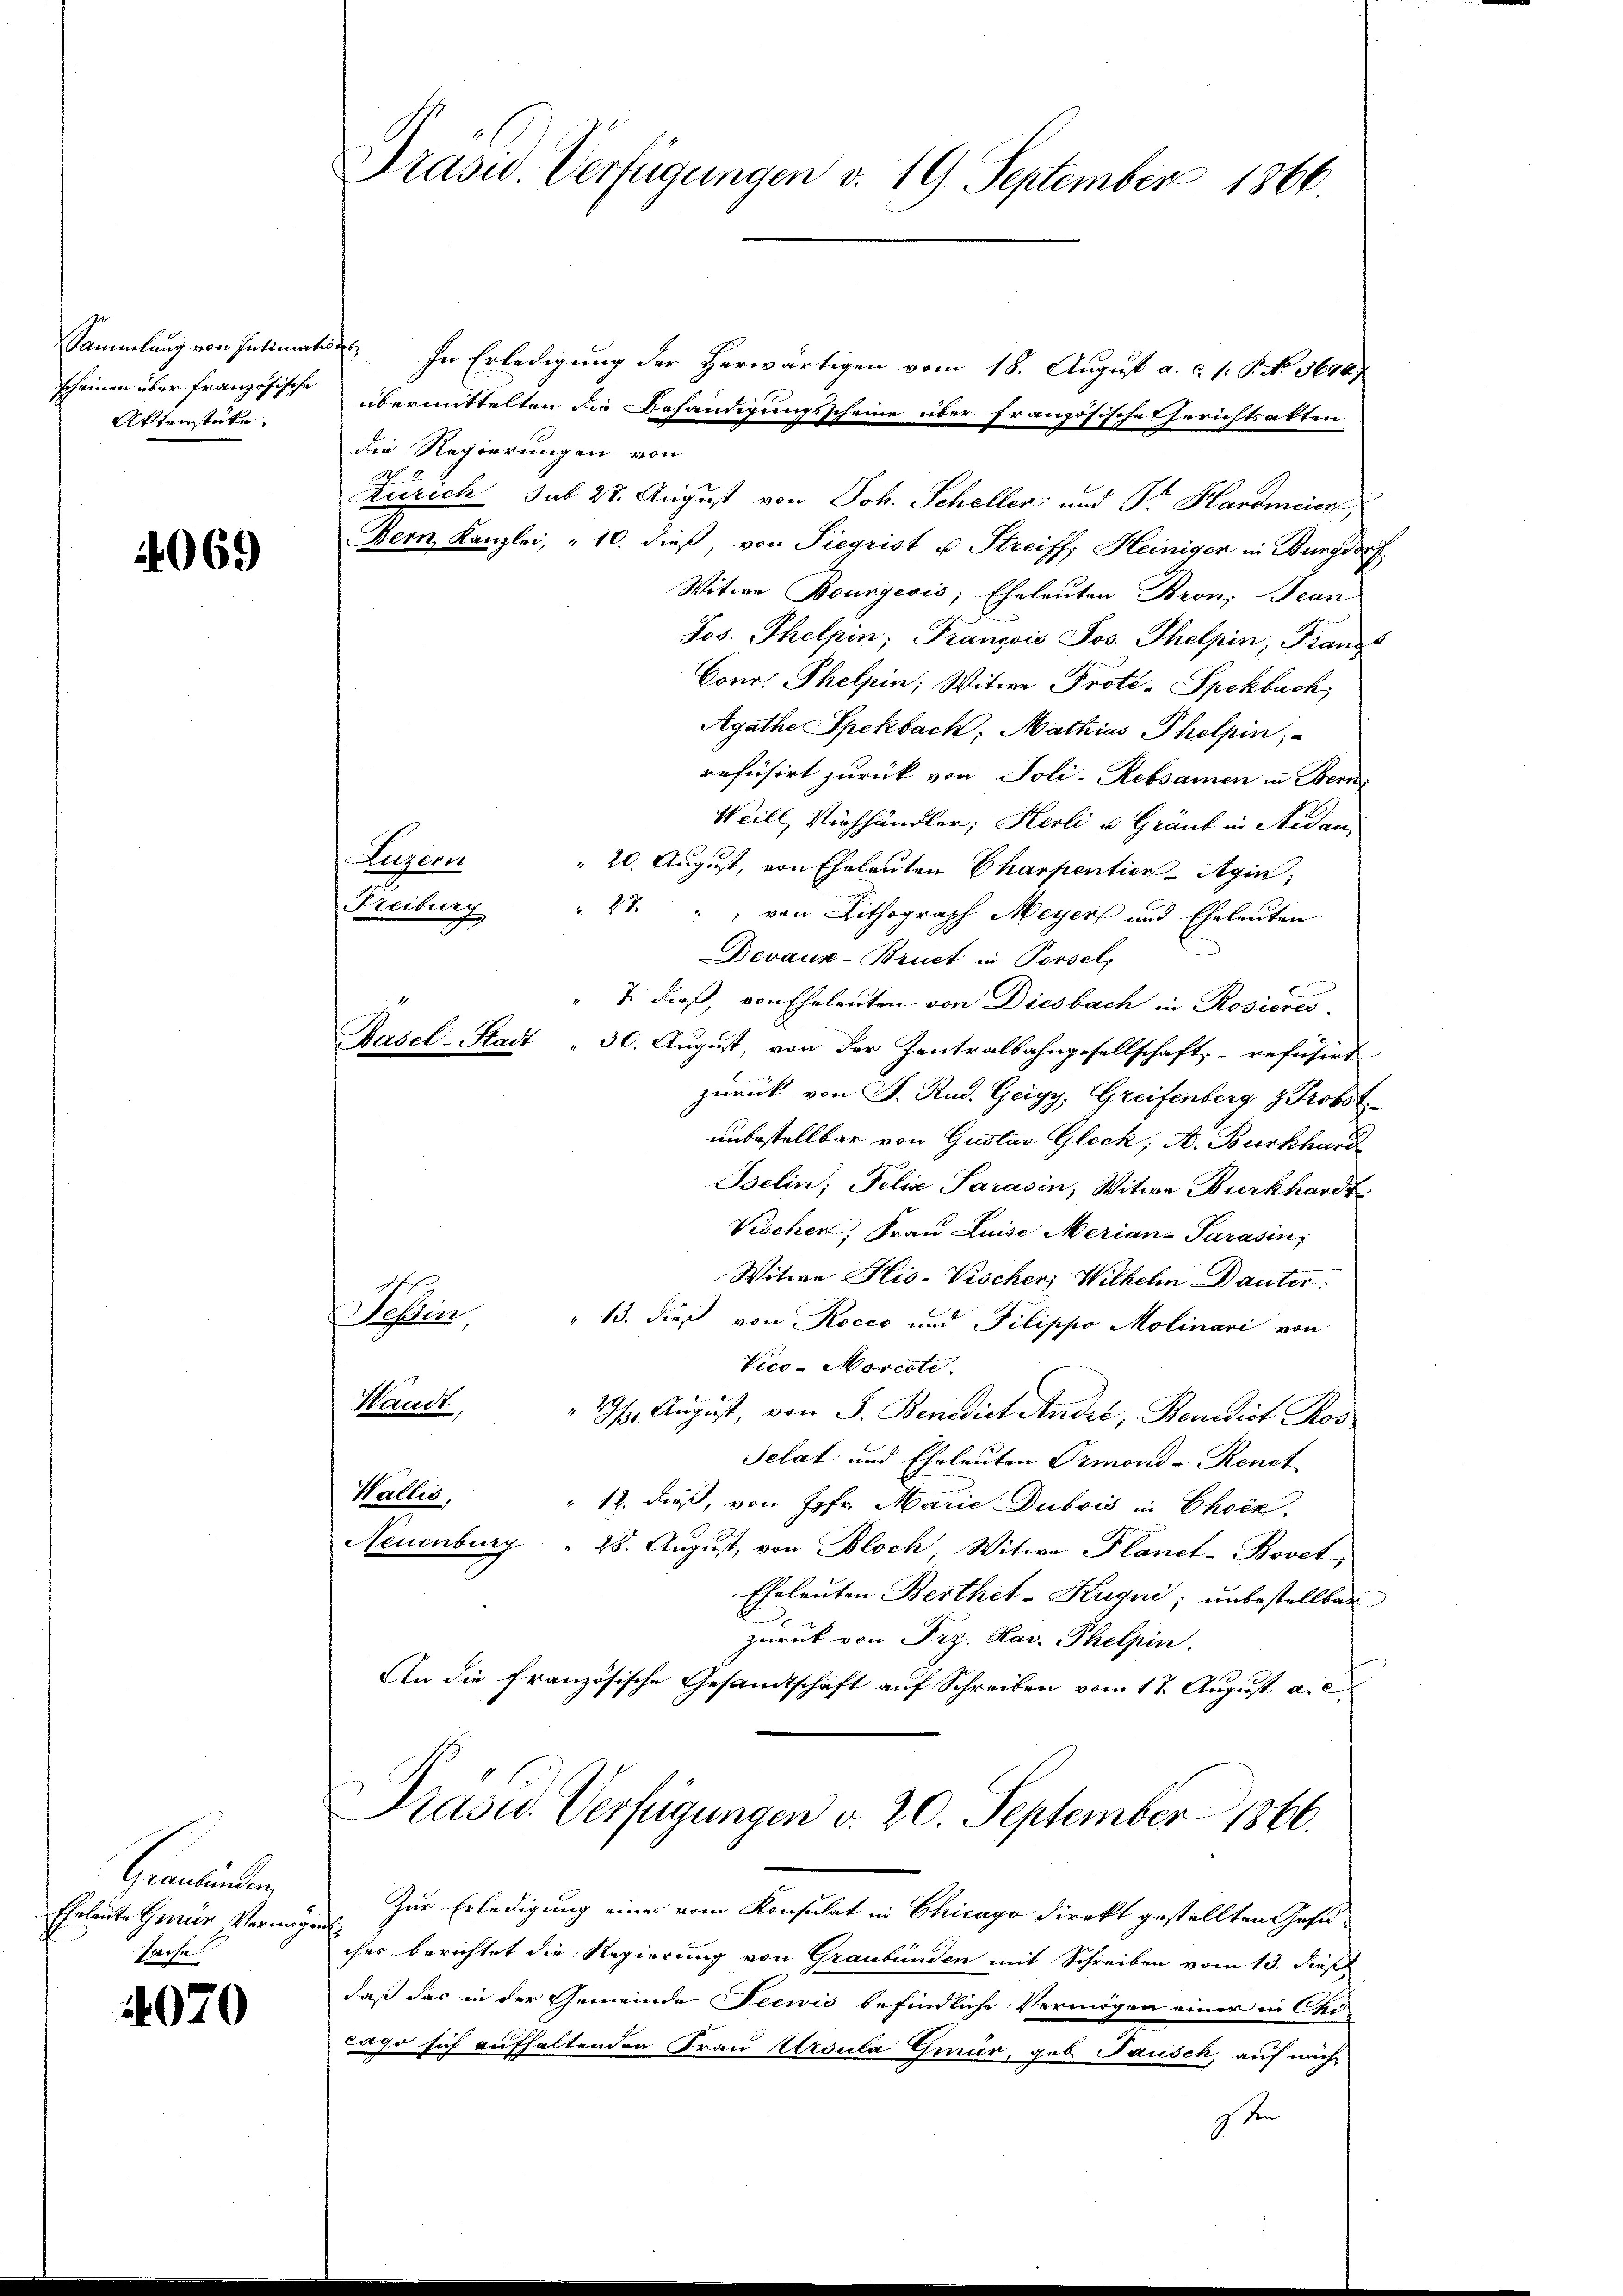
scheinen über französische
Aktenstücke.

4069

Graubünden
Eheleute Grauen Vermögen
Paose

4070

Drasu. Verfügungen v. 19. September 1866.

Luzern
Freiburg

Sammlung von Intimatin. In Erledigung der Herwärtigen vom 18. August a. c. s. P. No. 36467
übermittelten die Behändigungsscheine über französische Gerichtsakten
die Regierungen von
.
Zürich sub 28. August von Joh. Scheller und Sr. Hardmeier
Bern Kanzlei, „ 10. dieß von Siegrist u. Streiff, Heinigen in Burgdorf
Witwe Bourgeois, Eheleuten Bron, Bean
Jos. Thelpin; François Jos. Thelpin; Franz
Conr. Thelpin; Witwe Proté-Spckbach,
Agathe Spekbach, Mathias Pholpin
refüsirt zurück von Poli-Rebsamen in Bern
Weill, Viehhändler; Herli u. Gränz in Nidau
 20. August, von Eheleuten Charpentier-Agin,
47., von Lithograph Meyers und Eheleuten
Devaus-Bruch in Porsel,
" 7. dieß, von Eheleuten von Diesbach in Rosieres
Basel-Stadt " 30. August, von der Zentralbahngesellschaft refüsirt
zurück von P. Rud. Geigy. Greifenberg & Probst
unbestellbar von Gustav Glock, A. Burkhard
Belin, Felia Sarasin, Witwe Burkhardt
Vischer, Frau Luise Merian-Parasin,
Witwe His-Vischer Wilhelm Danter.
osen
" 13. dieß von Rocco und Pilippo Molinari von
Vico - Morcote,
Waadt,
29. August, von S. Benedict Andri, Benedict Ros
Selat und Eheleuten Ormond-Renet
Wallis,
" 12. dieß, von Joh. Marie Dubois in Chock.
Neuenburg " 28. August, von Bloch, Witwe Planet-Bovet,
Eheleuten Berthet-Hugni; unbestellbar
zurück von Frz. Nov. Thelpin.
An die französische Gesandtschaft auf Schreiben vom 17. August a. c.
Präsid.. Verfügungen v. 20. September 1866.
Zur Erledigung eines vom Konsulat in Chicago direkt gestellten Gesuches berichtet die Regierung von Graubünden mit Schreiben vom 13. dieß
daß das in der Gemeinde Seewis befindliche Vermögen einer in Chi-
Lago sich aufhaltenden Frau Ursula Gmür, geb. Pausch, auf nächisten